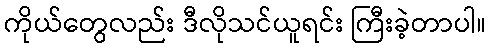
ကိုယ်တွေလည်း ဒီလိုသင်ယူရင်း ကြီးခဲ့တာပါ။